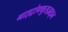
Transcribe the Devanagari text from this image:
नाइट्रोफ्युराज़ाइन